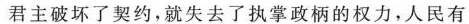
君主破坏了契约，就失去了执掌政柄的权力，人民有